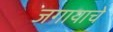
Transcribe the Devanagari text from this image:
जगायाचे